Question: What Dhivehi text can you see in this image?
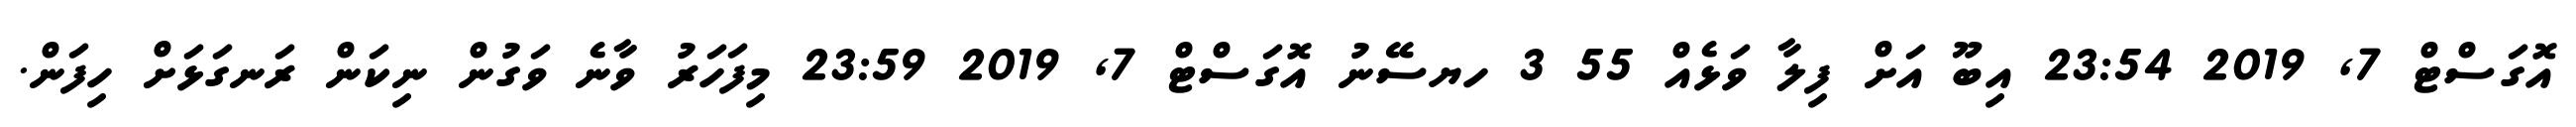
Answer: އޮގަސްޓް 7, 2019 23:54 އިބޫ އަށް ފިލާ ވަޅެއް 55 3 ހޔސޭނު އޮގަސްޓް 7, 2019 23:59 މިފަހަރު ވާނެ ވަގުން ނިކަން ރަނގަޅަށް ހިފަން.